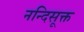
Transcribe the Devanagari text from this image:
नन्दिसूक्त